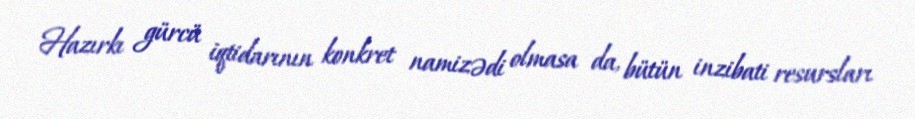
Hazırkı gürcü iqtidarının konkret namizədi olmasa da, bütün inzibati resursları